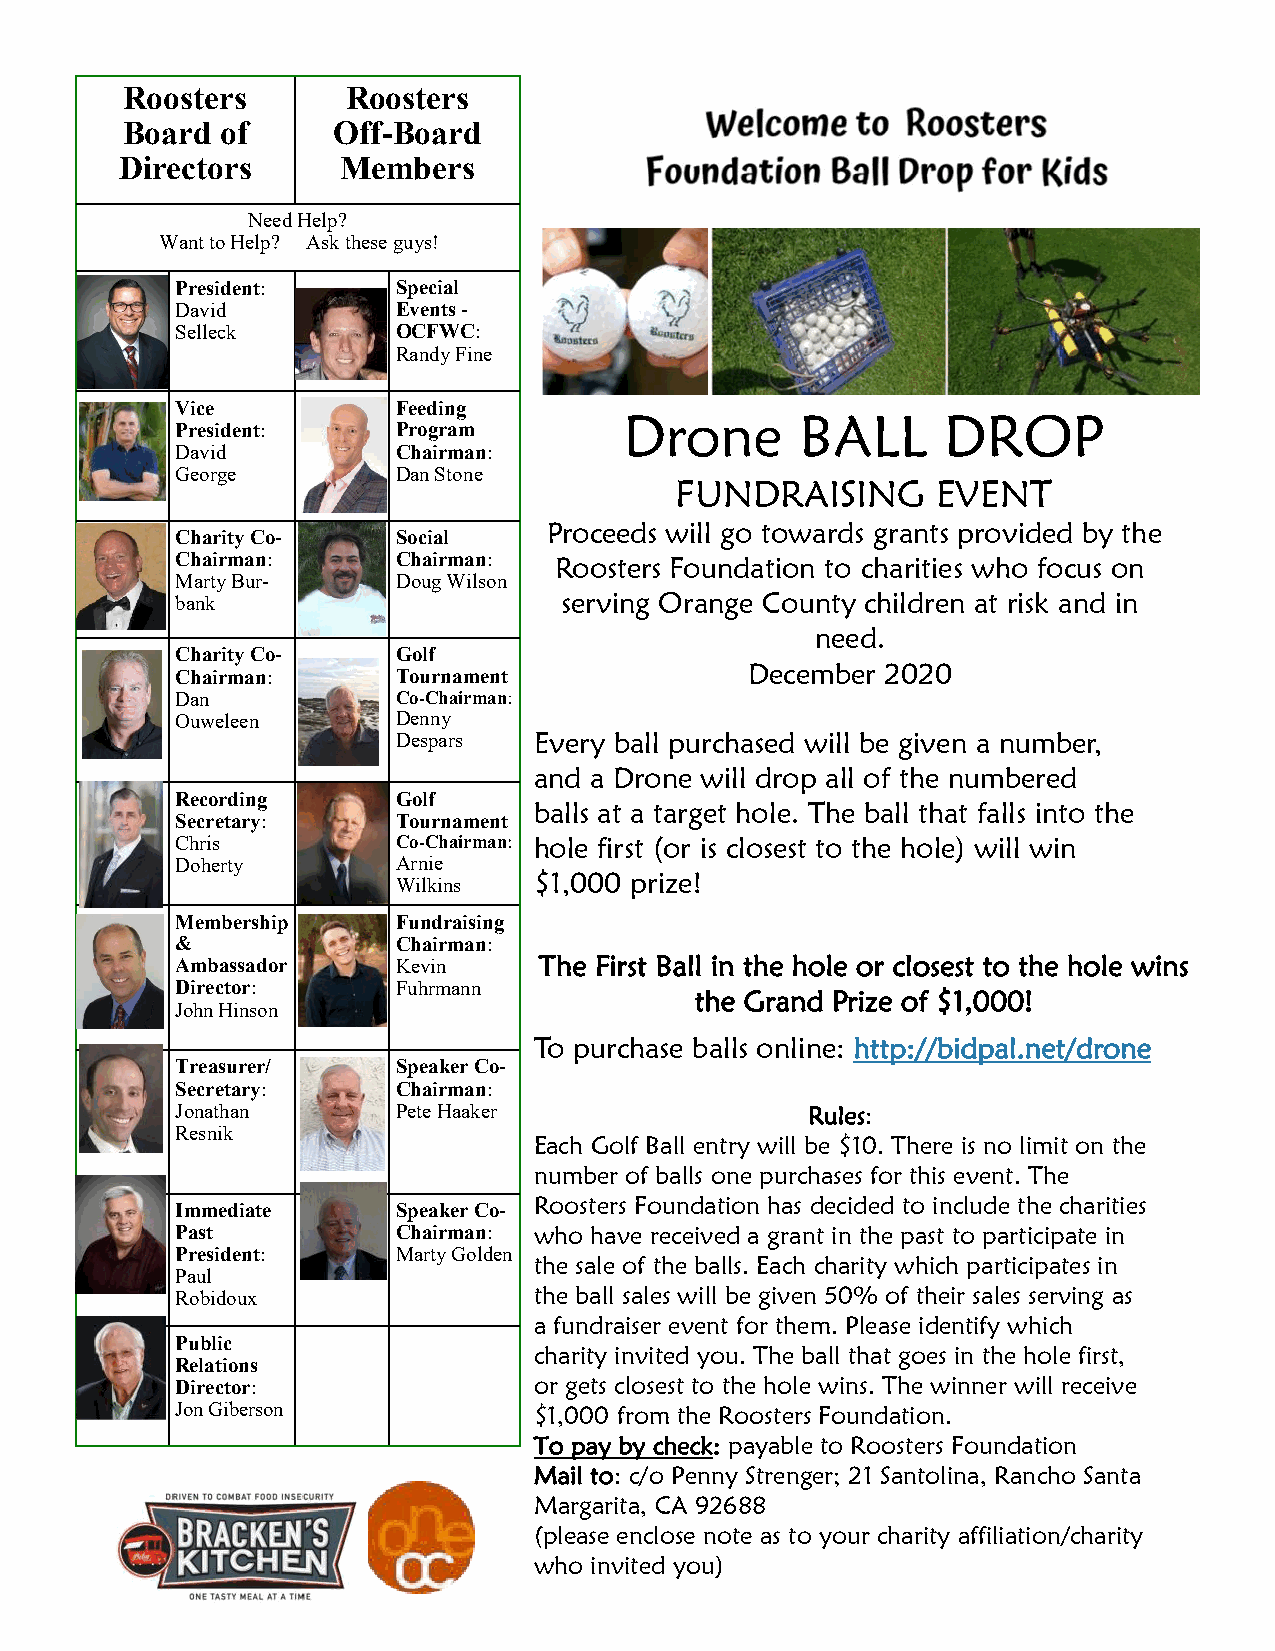
Roosters       Roosters
 Board  of     Off-Board
 Directors     Members
 Need Help?
 Want to Help? Ask these guys!
 President:    Special
 David         Events -
 Selleck       OCFWC:
 Randy Fine
 Vice          Feeding
 Drone       BALL     DROP
 President:    Program
 David         Chairman:
 George        Dan Stone
 FUNDRAISING      EVENT
 Proceeds will go towards grants provided by the
 Charity Co-   Social
 Chairman:     Chairman:  Roosters Foundation to charities who focus on
 Marty Bur-    Doug Wilson
 bank                     serving Orange County children at risk and in
 need.
 Charity Co-   Golf
 Chairman:     Tournament             December  2020
 Dan           Co-Chairman:
 Ouweleen      Denny
 Despars  Every ball purchased will be given a number,
 and a Drone will drop all of the numbered
 Recording     Golf
 balls at a target hole. The ball that falls into the
 Secretary:    Tournament
 Chris         Co-Chairman: hole first (or is closest to the hole) will win
 Doherty       Arnie
 Wilkins  $1,000 prize!
 Membership    Fundraising
 &             Chairman:
 Ambassador    Kevin     The First Ball in the hole or closest to the hole wins
 Director:     Fuhrmann
 the Grand Prize of $1,000!
 John Hinson
 To purchase balls online: http://bidpal.net/drone
 Treasurer/    Speaker Co-
 Secretary:    Chairman:
 Jonathan      Pete Haaker                 Rules:
 Resnik
 Each Golf Ball entry will be $10. There is no limit on the
 number of balls one purchases for this event. The
 Immediate     Speaker Co- Roosters Foundation has decided to include the charities
 Past          Chairman: who have received a grant in the past to participate in
 President:    Marty Golden
 the sale of the balls. Each charity which participates in
 Paul
 Robidoux               the ball sales will be given 50% of their sales serving as
 a fundraiser event for them. Please identify which
 Public
 charity invited you. The ball that goes in the hole first,
 Relations
 Director:              or gets closest to the hole wins. The winner will receive
 Jon Giberson           $1,000 from the Roosters Foundation.
 To pay by check: payable to Roosters Foundation
 Mail to: c/o Penny Strenger; 21 Santolina, Rancho Santa
 Margarita, CA 92688
 (please enclose note as to your charity affiliation/charity
 who invited you)